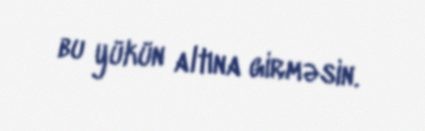
bu yükün altına girməsin.